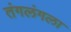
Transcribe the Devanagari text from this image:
तंगलंगला